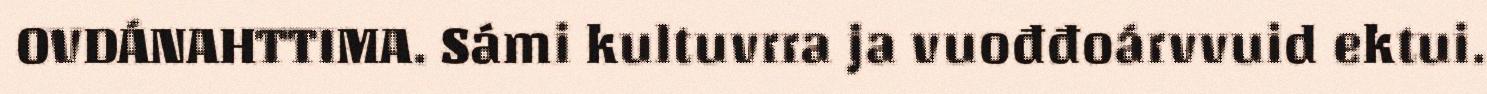
OVDÁNAHTTIMA. Sámi kultuvrra ja vuođđoárvvuid ektui.